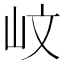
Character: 㞶